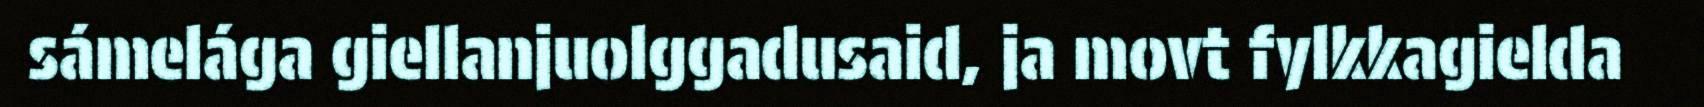
sámelága giellanjuolggadusaid, ja movt fylkkagielda